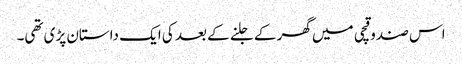
اس صندوقچی میں گھر کے جلنے کے بعد کی ایک داستان پڑی تھی۔